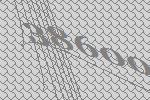
38600